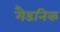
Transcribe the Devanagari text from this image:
मैडनिक